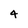
Character: 4